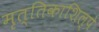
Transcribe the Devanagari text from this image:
मृत्तिकाशिल्पे